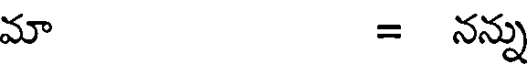
మా = నన్న